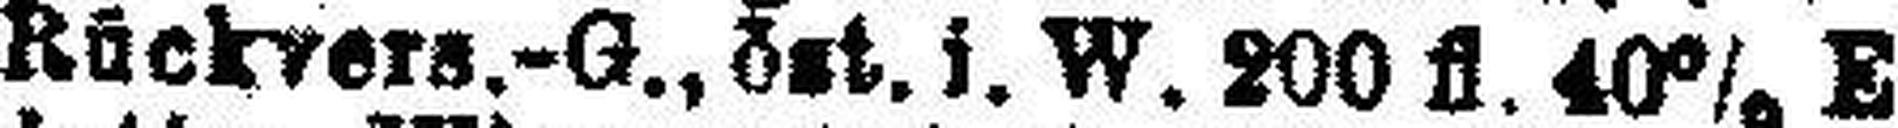
Rückvers.-G., öst. i. W. 200 fl. 40% E.